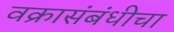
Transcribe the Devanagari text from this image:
वक्रासंबंधीचा